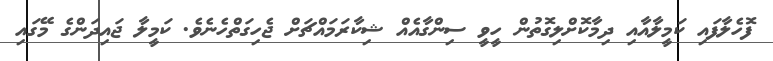
ފޮހެލާފައި ކަމީލާއާއި ދިމާކޮށްލިގޮތުން ހީވީ ސިންގާއެއް ޝިކާރަމައްޗަށް ޖެހިގަތްހެނެވެ. ކަމީލާ ޖައިދަންގެ މޭގައި